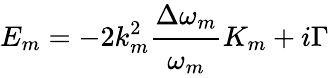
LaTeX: E_{m}=-2k_{m}^{2}\cfrac{\Delta\omega_{m}}{\omega_{m}}K_{m}+i\Gamma